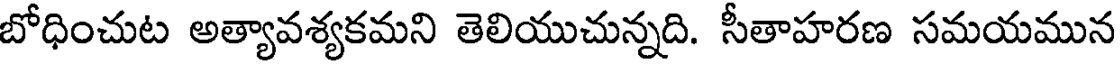
బోధించుట అత్యావశ్యకమని తెలియుచున్నది. సీతాహరణ సమయమున